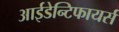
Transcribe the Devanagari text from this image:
आईडेन्टिफायर्स